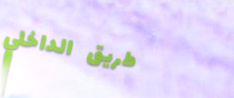
طريق الداخلي